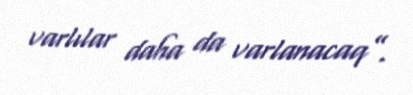
varlılar daha da varlanacaq”.